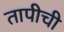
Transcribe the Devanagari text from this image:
तापीची